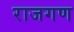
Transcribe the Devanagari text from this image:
राजगण